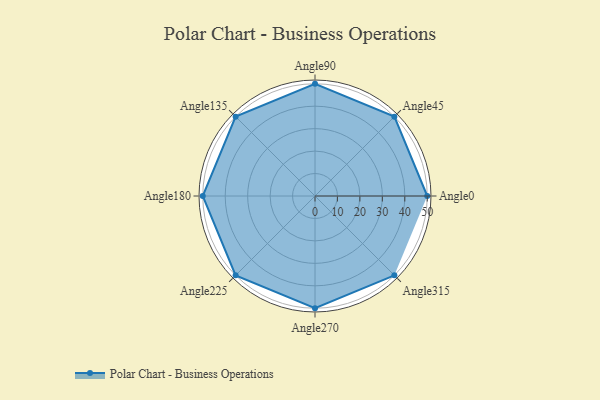
{"axis": {"x": "Angle", "y": "Radius"}, "legend": [""], "data": [{"x": "Angle0", "y": 50, "type": ""}, {"x": "Angle45", "y": 50, "type": ""}, {"x": "Angle90", "y": 50, "type": ""}, {"x": "Angle135", "y": 50.0, "type": ""}, {"x": "Angle180", "y": 50, "type": ""}, {"x": "Angle225", "y": 50, "type": ""}, {"x": "Angle270", "y": 50, "type": ""}, {"x": "Angle315", "y": 50, "type": ""}]}